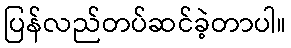
ပြန်လည်တပ်ဆင်ခဲ့တာပါ။